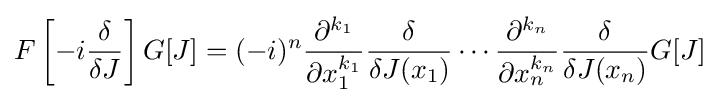
F\left[-i{\frac {\delta }{\delta J}}\right]G[J]=(-i)^{n}{\frac {\partial ^{k_{1}}}{\partial x_{1}^{k_{1}}}}{\frac {\delta }{\delta J(x_{1})}}\cdots {\frac {\partial ^{k_{n}}}{\partial x_{n}^{k_{n}}}}{\frac {\delta }{\delta J(x_{n})}}G[J]